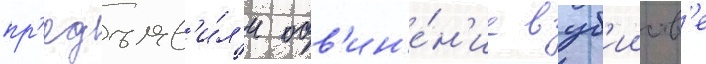
пр'едъяв'и́л'и обв'ин'е́н'ие в уб'ииств'е